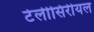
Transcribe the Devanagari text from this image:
टेलीसिरीयल